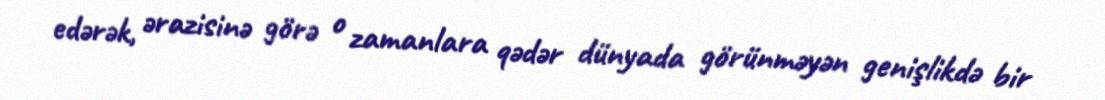
edərək, ərazisinə görə o zamanlara qədər dünyada görünməyən genişlikdə bir